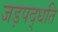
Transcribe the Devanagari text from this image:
जड़पद्धति